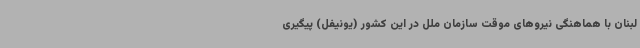
لبنان با هماهنگی نیروهای موقت سازمان ملل در این کشور (یونیفل) پیگیری